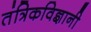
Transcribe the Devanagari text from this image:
तंत्रिकविज्ञानी